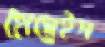
হোসেইন